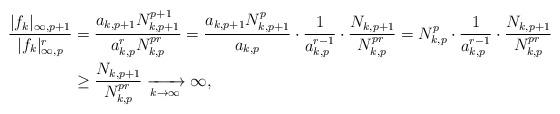
LaTeX: \begin{align*}\frac{|f_k|_{\infty,p+1}}{|f_k|_{\infty,p}^r}&=\frac{a_{k,p+1}N_{k,p+1}^{p+1}}{a_{k,p}^rN_{k,p}^{pr}}=\frac{a_{k,p+1}N_{k,p+1}^{p}}{a_{k,p}}\cdot\frac{1}{a_{k,p}^{r-1}}\cdot\frac{N_{k,p+1}}{N_{k,p}^{pr}}=N_{k,p}^p\cdot\frac{1}{a_{k,p}^{r-1}}\cdot\frac{N_{k,p+1}}{N_{k,p}^{pr}}\\&\geq\frac{N_{k,p+1}}{N_{k,p}^{pr}}\xrightarrow[k\to\infty]{}\infty,\end{align*}